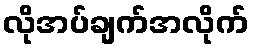
လိုအပ်ချက်အလိုက်